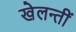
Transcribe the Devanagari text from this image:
खेलन्तीं